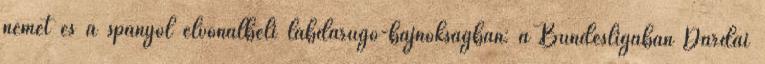
német és a spanyol élvonalbeli labdarúgó-bajnokságban: a Bundesligában Dárdai